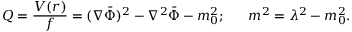
{ \cal Q } = { \frac { V ( r ) } { f } } = ( \nabla \bar { \Phi } ) ^ { 2 } - \nabla ^ { 2 } \bar { \Phi } - m _ { 0 } ^ { 2 } ; ~ ~ ~ ~ ~ m ^ { 2 } = \lambda ^ { 2 } - m _ { 0 } ^ { 2 } .